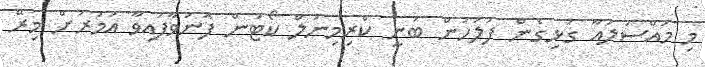
މި މައްސަލައާ ގުޅިގެން ފުލުހުން ބުނީ ކްރިމިނަލް ކޯޓުން ފޮނުވާފައިވާ އަމުރަށް މިރޭ